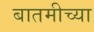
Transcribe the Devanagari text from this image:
बातमीच्या